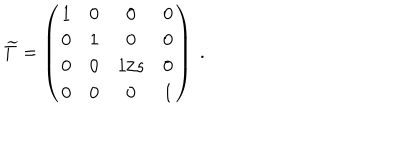
\widetilde { T } = \left( \begin{matrix} { { 1 } } & { { 0 } } & { { 0 } } & { { 0 } } \\ { { 0 } } & { { 1 } } & { { 0 } } & { { 0 } } \\ { { 0 } } & { { 0 } } & { { 1 / s } } & { { 0 } } \\ { { 0 } } & { { 0 } } & { { 0 } } & { { 1 } } \\ \end{matrix} \right) \ .